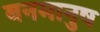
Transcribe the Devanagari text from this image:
बनमानुष